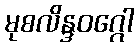
မုစလိန္ဒဝဂ္ဂေါ